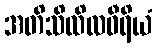
အတိသိထိလဝီရိယံ